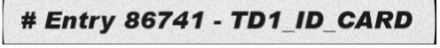
# Entry 86741 - TD1_ID_CARD